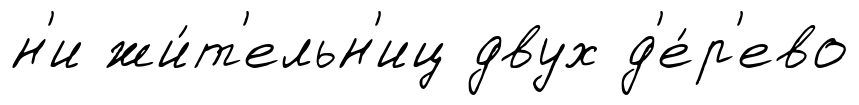
н'и жи́т'ельн'иц двух д'е́р'ево